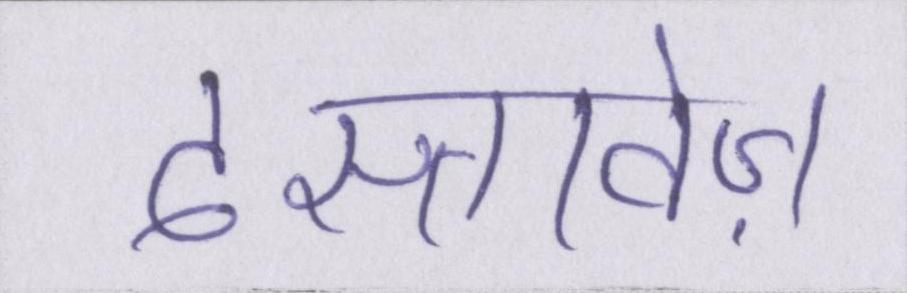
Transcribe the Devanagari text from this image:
दस्तावेज़